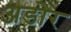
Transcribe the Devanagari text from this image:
अडोर